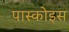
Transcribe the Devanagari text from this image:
पास्कोइस